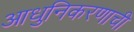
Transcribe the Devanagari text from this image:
आधुनिकरणाची